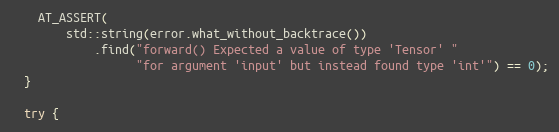
Language: C++
    AT_ASSERT(
        std::string(error.what_without_backtrace())
            .find("forward() Expected a value of type 'Tensor' "
                  "for argument 'input' but instead found type 'int'") == 0);
  }

  try {